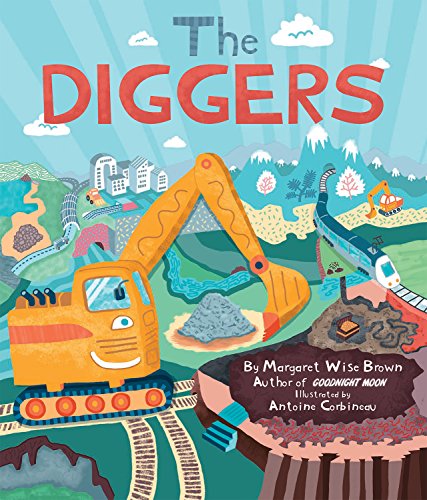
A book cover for The Diggers; Margaret Wise Brown; Children's Books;